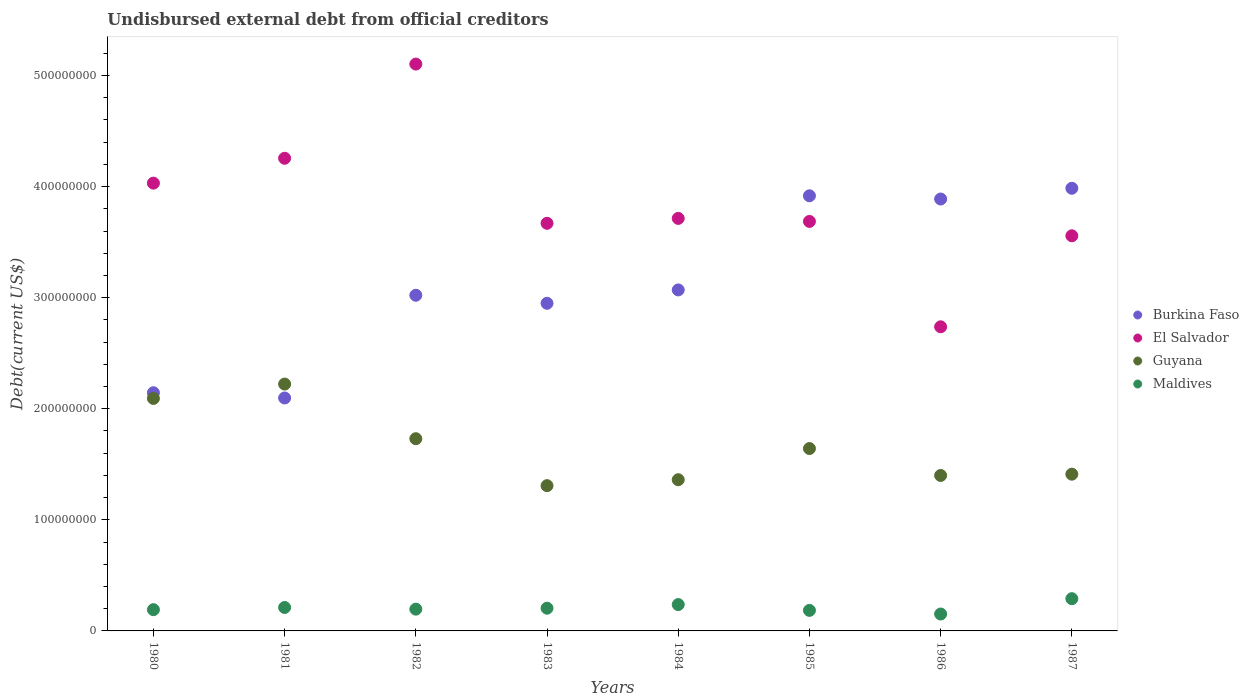
| Years | Burkina Faso | El Salvador | Guyana | Maldives |
 | --- | --- | --- | --- | --- |
 | 1980 | 2.14e+08 | 4.03e+08 | 2.09e+08 | 1.91e+07 |
 | 1981 | 2.1e+08 | 4.26e+08 | 2.22e+08 | 2.11e+07 |
 | 1982 | 3.02e+08 | 5.1e+08 | 1.73e+08 | 1.96e+07 |
 | 1983 | 2.95e+08 | 3.67e+08 | 1.31e+08 | 2.05e+07 |
 | 1984 | 3.07e+08 | 3.71e+08 | 1.36e+08 | 2.37e+07 |
 | 1985 | 3.92e+08 | 3.69e+08 | 1.64e+08 | 1.85e+07 |
 | 1986 | 3.89e+08 | 2.74e+08 | 1.4e+08 | 1.52e+07 |
 | 1987 | 3.98e+08 | 3.56e+08 | 1.41e+08 | 2.9e+07 |